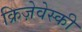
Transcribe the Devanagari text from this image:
क्रिज़ेवेस्की